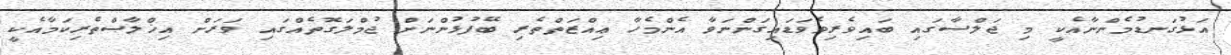
އަޅުގަނޑުމެންނާއެކީ މި ޖަލްސާގައި ބައިވެރިވެވަޑައިގަންނަވާ އެންމެހާ ޢިއްޒަތްތެރި ބޭފުޅުންނަށް ޖުމްލަގޮތެއްގައި ވަރަށް އިޚްލާޞްތެރިކަމާއެކީ